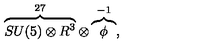
\overbrace { S U ( 5 ) \otimes R ^ { 3 } } ^ { 2 7 } \otimes \overbrace { \phi } ^ { - 1 } ,